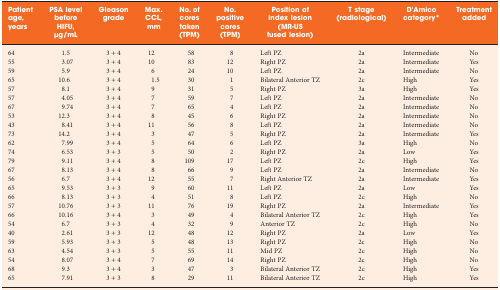
<table><thead><tr><td><b>Patient age, years</b></td><td><b>PSA level before HIFU, μg/mL</b></td><td><b>Gleason grade</b></td><td><b>Max. CCL, mm</b></td><td><b>No. of cores taken (TPM)</b></td><td><b>No. positive cores (TPM)</b></td><td><b>Position of index lesion (MR-US fused lesion)</b></td><td><b>T stage (radiological)</b></td><td><b>D&#x27;Amico category*</b></td><td><b>Treatment added</b></td></tr></thead><tbody><tr><td>64</td><td>1.5</td><td>3 + 4</td><td>12</td><td>58</td><td>8</td><td>Left PZ</td><td>2a</td><td>Intermediate</td><td>No</td></tr><tr><td>55</td><td>3.07</td><td>3 + 4</td><td>10</td><td>83</td><td>12</td><td>Right PZ</td><td>2a</td><td>Intermediate</td><td>Yes</td></tr><tr><td>59</td><td>5.9</td><td>3 + 4</td><td>6</td><td>24</td><td>10</td><td>Left PZ</td><td>2a</td><td>Intermediate</td><td>No</td></tr><tr><td>65</td><td>10.6</td><td>3 + 4</td><td>1.5</td><td>30</td><td>1</td><td>Bilateral Anterior TZ</td><td>2c</td><td>High</td><td>Yes</td></tr><tr><td>57</td><td>8.1</td><td>3 + 4</td><td>9</td><td>31</td><td>5</td><td>Right PZ</td><td>3a</td><td>High</td><td>Yes</td></tr><tr><td>57</td><td>4.05</td><td>3 + 4</td><td>7</td><td>59</td><td>7</td><td>Left PZ</td><td>2a</td><td>Intermediate</td><td>No</td></tr><tr><td>67</td><td>9.74</td><td>3 + 4</td><td>7</td><td>65</td><td>4</td><td>Left PZ</td><td>2a</td><td>Intermediate</td><td>No</td></tr><tr><td>53</td><td>12.3</td><td>3 + 4</td><td>8</td><td>45</td><td>6</td><td>Right PZ</td><td>2a</td><td>Intermediate</td><td>No</td></tr><tr><td>43</td><td>8.41</td><td>3 + 4</td><td>11</td><td>56</td><td>8</td><td>Left PZ</td><td>2a</td><td>Intermediate</td><td>No</td></tr><tr><td>73</td><td>14.2</td><td>3 + 4</td><td>3</td><td>47</td><td>5</td><td>Right PZ</td><td>2a</td><td>Intermediate</td><td>Yes</td></tr><tr><td>62</td><td>7.99</td><td>3 + 4</td><td>5</td><td>64</td><td>6</td><td>Left PZ</td><td>3a</td><td>High</td><td>No</td></tr><tr><td>74</td><td>6.53</td><td>3 + 3</td><td>5</td><td>50</td><td>2</td><td>Right PZ</td><td>2a</td><td>Low</td><td>Yes</td></tr><tr><td>79</td><td>9.11</td><td>3 + 4</td><td>8</td><td>109</td><td>17</td><td>Left PZ</td><td>2c</td><td>High</td><td>Yes</td></tr><tr><td>67</td><td>8.13</td><td>3 + 4</td><td>8</td><td>66</td><td>9</td><td>Left PZ</td><td>2a</td><td>Intermediate</td><td>No</td></tr><tr><td>56</td><td>6.7</td><td>3 + 4</td><td>12</td><td>55</td><td>7</td><td>Right Anterior TZ</td><td>2a</td><td>Intermediate</td><td>Yes</td></tr><tr><td>65</td><td>9.53</td><td>3 + 3</td><td>9</td><td>60</td><td>11</td><td>Left PZ</td><td>2a</td><td>Low</td><td>Yes</td></tr><tr><td>66</td><td>8.13</td><td>3 + 3</td><td>4</td><td>51</td><td>8</td><td>Left PZ</td><td>2c</td><td>High</td><td>No</td></tr><tr><td>57</td><td>10.76</td><td>3 + 3</td><td>11</td><td>76</td><td>19</td><td>Right PZ</td><td>2a</td><td>Intermediate</td><td>Yes</td></tr><tr><td>66</td><td>10.16</td><td>3 + 4</td><td>3</td><td>49</td><td>4</td><td>Bilateral Anterior TZ</td><td>2c</td><td>High</td><td>Yes</td></tr><tr><td>54</td><td>6.7</td><td>3 + 3</td><td>4</td><td>32</td><td>9</td><td>Anterior TZ</td><td>2c</td><td>High</td><td>No</td></tr><tr><td>40</td><td>2.61</td><td>3 + 3</td><td>12</td><td>48</td><td>12</td><td>Right PZ</td><td>2a</td><td>Low</td><td>Yes</td></tr><tr><td>59</td><td>5.93</td><td>3 + 3</td><td>5</td><td>48</td><td>13</td><td>Right PZ</td><td>2c</td><td>High</td><td>No</td></tr><tr><td>63</td><td>4.54</td><td>3 + 3</td><td>5</td><td>55</td><td>11</td><td>Mid PZ</td><td>2c</td><td>High</td><td>No</td></tr><tr><td>54</td><td>8.07</td><td>3 + 4</td><td>7</td><td>69</td><td>14</td><td>Right PZ</td><td>2c</td><td>High</td><td>No</td></tr><tr><td>68</td><td>9.3</td><td>3 + 4</td><td>3</td><td>47</td><td>3</td><td>Bilateral Anterior TZ</td><td>2c</td><td>High</td><td>Yes</td></tr><tr><td>65</td><td>7.91</td><td>3 + 3</td><td>8</td><td>29</td><td>11</td><td>Bilateral Anterior TZ</td><td>2c</td><td>High</td><td>Yes</td></tr></tbody></table>